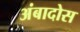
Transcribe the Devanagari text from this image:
अंबादोस